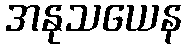
အနုသယေန